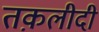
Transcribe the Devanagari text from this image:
तक़लीदी